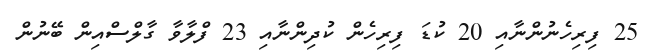
25 ފިރިހެނުންނާއި 20 ކުޑަ ފިރިހެން ކުދިންނާއި 23 ފްލާވާ ގާލްސްއިން ބޭނުން